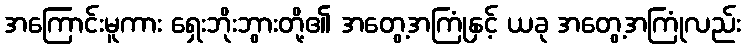
အကြောင်းမူကား ရှေးဘိုးဘွားတို့၏ အတွေ့အကြုံနှင့် ယခု အတွေ့အကြုံလည်း